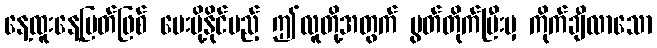
နေ့ထူးနေ့မြတ်ဖြစ် ပေးပို့နိုင်မည့် ဤလူတို့အတွက် ပွတ်တိုက်ပြီးမှ ကိုက်ချီလာသော